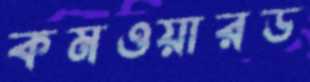
কমওয়ারড